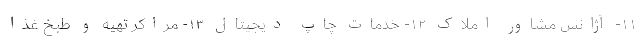
۱۱- آژانس مشاور املاک ۱۲- خدمات چاپ دیجیتال ۱۳- مراکر تهیه و طبخ غذا